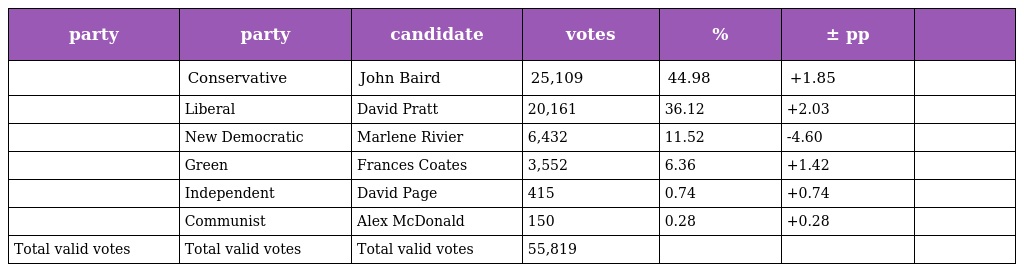
| party | party | candidate | votes | % | ± pp |  |
 | --- | --- | --- | --- | --- | --- | --- |
 |  | Conservative | John Baird | 25,109 | 44.98 | +1.85 |  |
 |  | Liberal | David Pratt | 20,161 | 36.12 | +2.03 |  |
 |  | New Democratic | Marlene Rivier | 6,432 | 11.52 | -4.60 |  |
 |  | Green | Frances Coates | 3,552 | 6.36 | +1.42 |  |
 |  | Independent | David Page | 415 | 0.74 | +0.74 |  |
 |  | Communist | Alex McDonald | 150 | 0.28 | +0.28 |  |
 | Total valid votes | Total valid votes | Total valid votes | 55,819 |  |  |  |